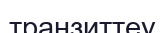
транзиттеу